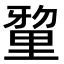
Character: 𮡘